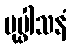
ပုပ္ဖါသနံ